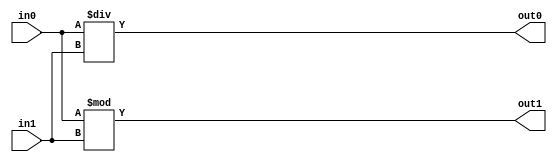
module TC_Mul (in0, in1, out0, out1);
    parameter UUID = 0;
    parameter NAME = "";
    parameter BIT_WIDTH = 1;
    input [BIT_WIDTH-1:0] in0;
    input [BIT_WIDTH-1:0] in1;
    output [BIT_WIDTH-1:0] out0;
    output [BIT_WIDTH-1:0] out1;

    assign out0 = in0 / in1;
    assign out1 = in0 % in1;
endmodule